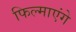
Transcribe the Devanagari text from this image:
फिल्माएंगे